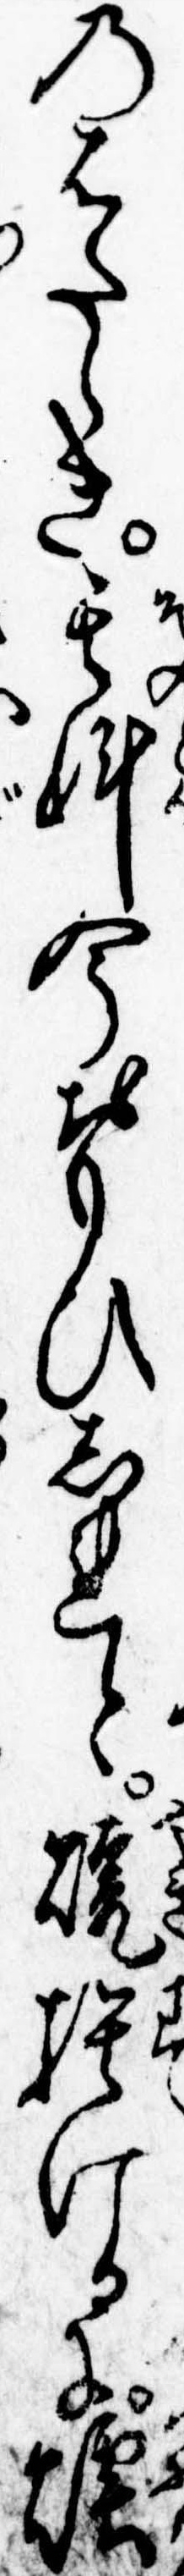
のはたらき其科今おもひしれと焼捨けるに煙